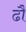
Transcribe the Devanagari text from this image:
ढौ